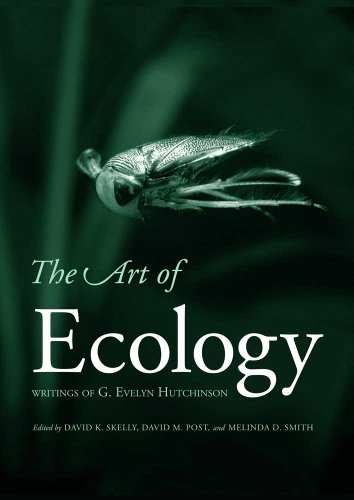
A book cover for The Art of Ecology: Writings of G. Evelyn Hutchinson; G. Evelyn Hutchinson; Science & Math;